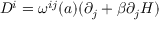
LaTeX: D ^ { i } = \omega ^ { i j } ( a ) ( \partial _ { j } + \beta \partial _ { j } H )